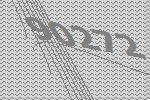
90272